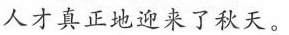
人才真正地迎来了秋天。